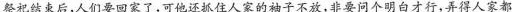
”祭祀结束后，人们要回家了，可他还抓住人家的袖子不放，非要问个明白才行，弄得人家都